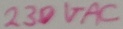
Text: 230VAC